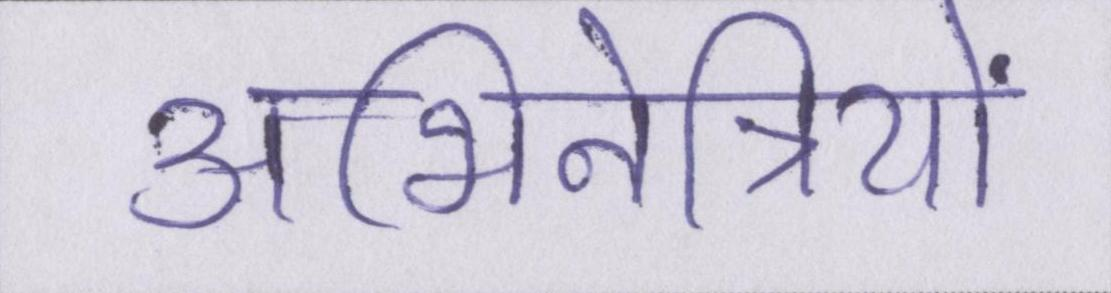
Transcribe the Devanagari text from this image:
अभिनेत्रियों